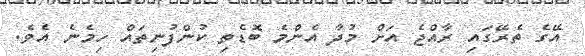
އޭގެ ތެރޭގައި ރާއްޖެ އަށް މުދާ އެންމެ ބޮޑެތި ކުންފުނިތައް ހިމެނެ އެވެ.